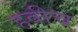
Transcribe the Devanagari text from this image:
हवीच